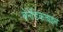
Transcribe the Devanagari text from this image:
बेनेडिकताइन